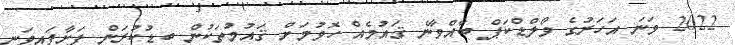
2022 ވަނަ އަހަރުގެ ވޯލްޑްކަޕް ބާއްވާނެ ޤައުމެއް ހޮވުމަށް ޤައުމުތަކުން ބިޑުކުރަން ފަށާފައިވަނީ